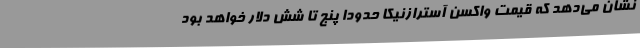
نشان می‌دهد که قیمت واکسن آسترازنیکا حدودا پنج تا شش دلار خواهد بود